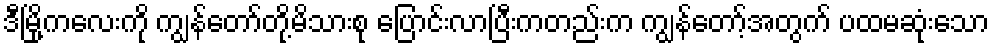
ဒီမြို့ကလေးကို ကျွန်တော်တို့မိသားစု ပြောင်းလာပြီးကတည်းက ကျွန်တော့်အတွက် ပထမဆုံးသော